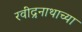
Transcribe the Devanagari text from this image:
रवींद्रनाथाच्या